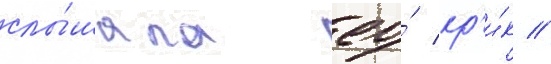
слы́шала ео́ кр'и́к //